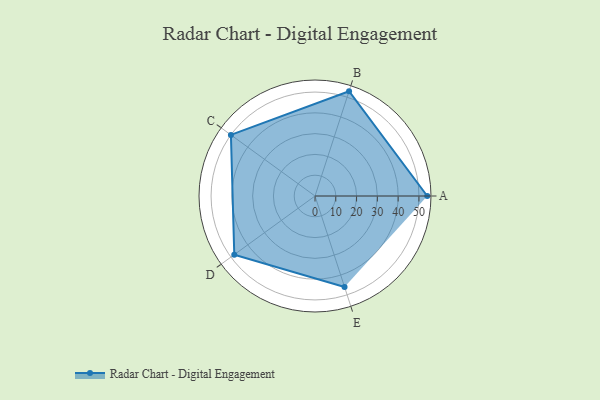
{"axis": {"x": "Skill", "y": "Score"}, "legend": ["Profile"], "data": [{"x": "A", "y": 54.0, "type": "Profile"}, {"x": "B", "y": 53.0, "type": "Profile"}, {"x": "C", "y": 50.0, "type": "Profile"}, {"x": "D", "y": 48.0, "type": "Profile"}, {"x": "E", "y": 46.0, "type": "Profile"}]}